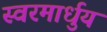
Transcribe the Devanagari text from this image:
स्‍वरमार्धुय